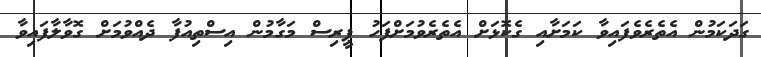
ގަދަކަމުން އެތެރެވެފައިވާ ކަމަށާއި ގެކޮޅަށް އެތެރެވުމަށްފަހު ޕީރިސް މަގާމުން އިސްތިއުފާ ދެއްވުމަށް ގޮވާލާފައިވާ